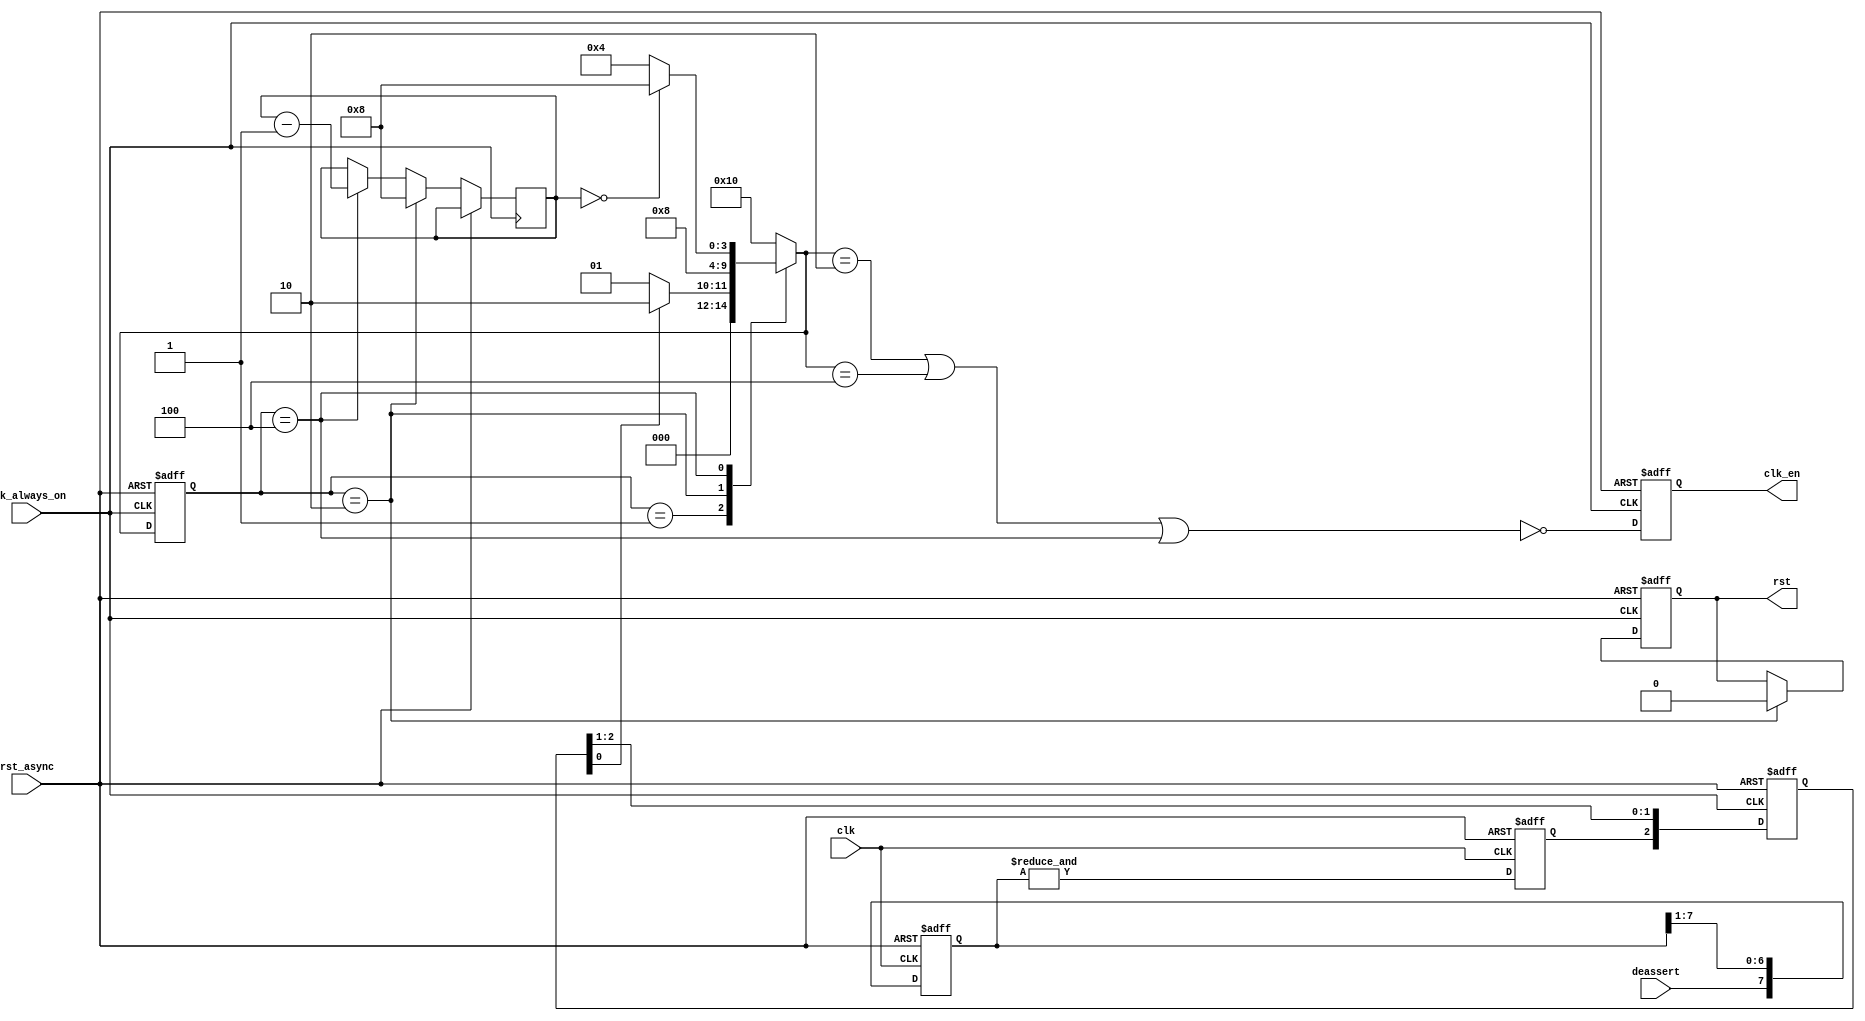
// ===========================================================================
//
//                              FORTH-ICS / CARV
//
//      Licensed under the TAPR Open Hardware License (www.tapr.org/NCL)
//                           Copyright (c) 2010-2012
//
//
// ==========================[ Static Information ]===========================
//
// Abstract      : Reset synchronizer with clock-stopping capability
//
// =============================[ CVS Variables ]=============================
//
// CVS revision  : $Revision: 1.3 $
// Last author   : $Author: lyberis $
//
// ===========================================================================

`timescale 1ns/1ps

module rst_sync_clockstop # (

  parameter DEASSERT_CLOCK_CYCLES = 8,  // Counted on clk
  parameter STOP_CLOCK_CYCLES = 4'd8       // Counted on clk_always_on

) (
  
  // Stable clock, assumed slower than clk
  input     clk_always_on,
  
  // Target reset interface
  input     clk,
  output    clk_en,
  input     rst_async,
  input     deassert,
  output    rst
);

  // ==========================================================================
  // Wires
  // ==========================================================================
  reg  [(DEASSERT_CLOCK_CYCLES-1):0] rst_sync_q;
  reg                                stop_clock_q;
  wire                         [2:0] stop_clock_sync_d;
  reg                          [2:0] stop_clock_sync_q;
  wire                         [3:0] wait_cnt_d;
  reg                          [3:0] wait_cnt_q;
  wire                               clk_enable_d;
  reg                                clk_enable_q;
  wire                               rst_d;
  reg                                rst_q;


  // ==========================================================================
  // Delay from deassertion of reset up to DEASSERT_CLOCK_CYCLES
  // ==========================================================================
  always @(posedge clk or posedge rst_async) begin
    if (rst_async) begin
      rst_sync_q   <= 0;
      stop_clock_q <= 0;
    end
    else begin
      rst_sync_q[(DEASSERT_CLOCK_CYCLES-1)]   <= deassert;
      rst_sync_q[(DEASSERT_CLOCK_CYCLES-2):0] <= 
         rst_sync_q[(DEASSERT_CLOCK_CYCLES-1):1];
      stop_clock_q <= & rst_sync_q;
    end
  end

  assign stop_clock_sync_d[2] = stop_clock_q;
  assign stop_clock_sync_d[1:0] = stop_clock_sync_q[2:1];
  
  
  // ==========================================================================
  // Clock enable FSM
  // ==========================================================================
  localparam ResetActive = 5'b0_0001,
             StopClk     = 5'b0_0010,
             Wait        = 5'b0_0100,
             StartClk    = 5'b0_1000,
             Idle        = 5'b1_0000;

  reg  [4:0] state_d;
  reg  [4:0] state_q;

  // synthesis translate_off
  reg [256:0] StateString;
  always @(state_q) begin
    case (state_q)
      ResetActive : StateString = "ResetActive";
      StopClk     : StateString = "StopClk";
      Wait        : StateString = "Wait";
      StartClk    : StateString = "StartClk";
      Idle        : StateString = "Idle";
      default     : StateString = "ERROR";
    endcase
  end
  // synthesis translate_on

  always @(*) begin
    case (state_q)

      ResetActive: begin
          if (stop_clock_sync_q[0])
            state_d = StopClk;
          else 
            state_d = ResetActive;
        end

      StopClk: begin
          state_d = Wait;
        end

      Wait: begin
          if (wait_cnt_q == 0)
            state_d = StartClk;
          else 
            state_d = Wait;
        end

      StartClk: begin
          state_d = Idle;
        end

      Idle: begin
          state_d = Idle;
        end

      default:
        begin
          state_d = Idle;
        end
    endcase
  end

  // ==========================================================================
  // Delay from stopping of clk of up to STOP_CLOCK_CYCLES
  // ==========================================================================
  assign wait_cnt_d = (state_q == StopClk) ? STOP_CLOCK_CYCLES :
                      (state_q == Wait) ? wait_cnt_q - 4'b1 :
                      wait_cnt_q;

  // ==========================================================================
  // Clock enable and reset
  // ==========================================================================
  assign clk_enable_d = ~((state_d == StopClk) | 
                          (state_d == Wait) | (state_q == Wait));

  assign rst_d = (state_q == StopClk) ? 1'b0 : rst_q;


  assign clk_en = clk_enable_q;
  assign rst = rst_q;

  // ==========================================================================
  // clk_always_on registers
  // ==========================================================================
  always @(posedge clk_always_on or posedge rst_async) begin
    if (rst_async) begin
      state_q           <= ResetActive;
      stop_clock_sync_q <= 0;
      clk_enable_q      <= 1'b1;
      rst_q             <= 1'b1;
    end
    else begin
      state_q           <= state_d;
      stop_clock_sync_q <= stop_clock_sync_d;
      wait_cnt_q        <= wait_cnt_d;
      clk_enable_q      <= clk_enable_d;
      rst_q             <= rst_d;
    end
  end

endmodule